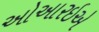
ઓઆરઇએ